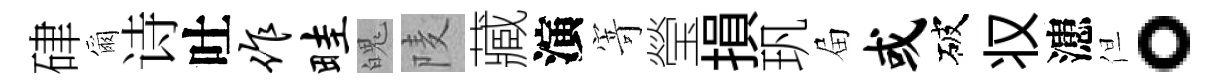
硉爾诗吐作畦魄𨹧藏演𭔃瑩損㺬屇或破𠬧漶但。